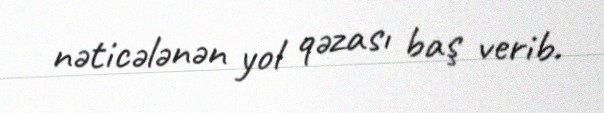
nəticələnən yol qəzası baş verib.